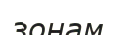
зонам